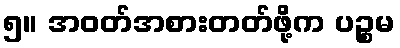
၅။ အဝတ်အစားတတ်ဖို့က ပဉ္စမ